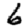
Digit: 6